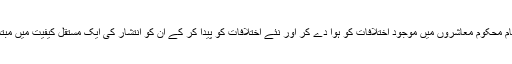
نوآبادیاتی نظام محکوم معاشروں میں موجود اختلافات کو ہوا دے کر اور نئے اختلافات کو پیدا کر کے ان کو انتشار کی ایک مستقل کیفیت میں مبتلا رکھتا ہے۔